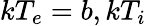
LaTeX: kT_{e}=b,kT_{i}